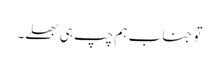
تو جناب ہم چپ ہی بھلے۔